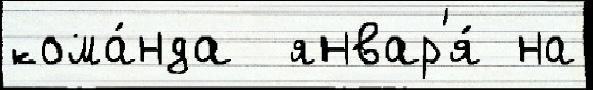
кома́нда  январ'я́ на